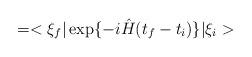
LaTeX: \begin{align*}= <\xi_f\vert \exp\{ -i \hat{H}(t_f-t_i)\} \vert \xi_i>\end{align*}